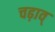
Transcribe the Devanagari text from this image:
चढ़ाव्